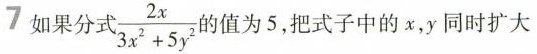
7如果分式 $$\frac { 2 x } { 3 x ^ { 2 } + 5 y ^ { 2 } }$$ 的值为5，把式子中的x，y同时扩大